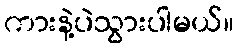
ကားနဲ့ပဲသွားပါမယ်။